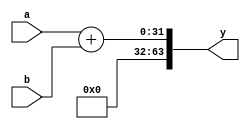
`timescale 1ns / 1ps
module adder(a,b,y);
parameter  WIDTH=32;
input [0:WIDTH-1] a,b;
//output [0:WIDTH-1] y;
output reg  [0:(WIDTH*2)-1] y;
wire[0:WIDTH-1]g;
assign g=0;
always@(a or b)
	begin
y = {g, (a + b)};

	end

endmodule
module subtractor(a,b,y);
parameter  WIDTH=32;
input [0:WIDTH-1] a,b;
//output [0:WIDTH-1] y;
output reg  [0:(WIDTH*2)-1] y;
wire[0:WIDTH-1]g;
assign g=0;
always@(a or b)
	begin
y = a-b;

	end

endmodule

module multiplier(a,b,y);
parameter WIDTH=32;
input [0:WIDTH-1]a,b;
output [0:(WIDTH*2)-1]y;
reg [0:(WIDTH*2)-1]y;
always@(a or b)
	begin
		y=a*b;
	end

endmodule

module add_mul_sub_32_bit(a, b, operation,Result);
      parameter WIDTH=32;
	input [0:WIDTH-1]a, b;
input [0:1]operation;

      output reg [0:(WIDTH*2)-1]Result;
       wire [0:(WIDTH*2)-1]Result_sub1;
      wire [0:(WIDTH*2)-1]Result_sub2;
  
      wire [0:(WIDTH*2)-1]Result_add;
      wire [0:(WIDTH*2)-1]Result_mul;
subtractor subtractor_1 (.a(a), .b(b), .y(Result_sub1));

subtractor subtractor_2 (.a(b), .b(a), .y(Result_sub2));
adder adder_1 (.a(a), .b(b), .y(Result_add));
multiplier multiplier_1 (.a(a), .b(b), .y(Result_mul));

          always@(*)

          begin
        case(operation)
        2'b00: // Addition
           Result=Result_add;

        2'b01: // sub1
           Result=Result_sub1;
        2'b10: // sub2
           Result=Result_sub2;

        2'b11: // mul
           Result=Result_mul;
endcase
   end
endmodule